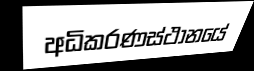
අධිකරණස්ථානයේ